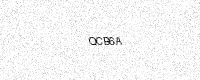
Text: QCB6A